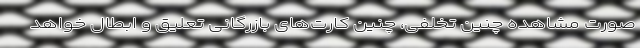
صورت مشاهده چنین تخلفی، چنین کارت‌های بازرگانی تعلیق و ابطال خواهد